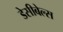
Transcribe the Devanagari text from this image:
डेसीबेल्स